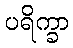
ပရိက္ခာ